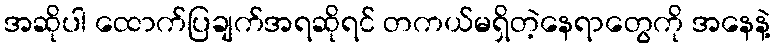
အဆိုပါ ထောက်ပြချက်အရဆိုရင် တကယ်မရှိတဲ့နေရာတွေကို အနေနဲ့